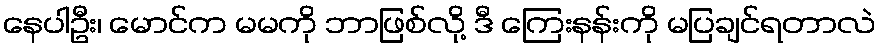
နေပါဦး၊ မောင်က မမကို ဘာဖြစ်လို့ ဒီ ကြေးနန်းကို မပြချင်ရတာလဲ